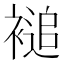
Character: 𮖦